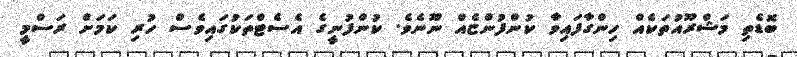
ބޮޑެތި މަޝްރޫއުތަކެއް ހިންގާފައިވާ ކުންފުންޏެއް ނޫނެވެ. ކުންފުނީގެ އެސެޓްތަކުގައިވެސް ހުރި ކަމަށް ރަސްމީ